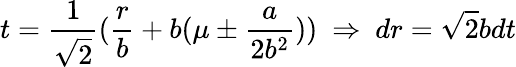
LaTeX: t=\frac{1}{\sqrt{2}}(\frac{r}{b}+b(\mu\pm\frac{a}{2b^{2}}))\ \Rightarrow\ dr=\sqrt{2}bdt